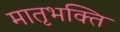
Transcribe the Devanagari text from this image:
मातृभक्ति